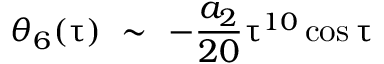
\theta _ { 6 } ( \uptau ) \ \sim \ - \frac { a _ { 2 } } { 2 0 } \uptau ^ { 1 0 } \cos \uptau